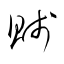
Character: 賎